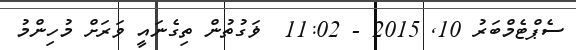
ސެޕްޓެމްބަރު 10